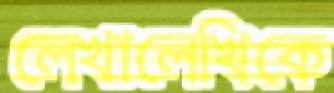
লেখালেখিকে